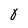
Character: 0